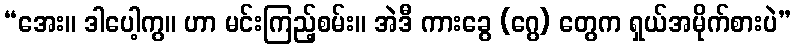
“အေး။ ဒါပေါ့ကွ။ ဟာ မင်းကြည့်စမ်း။ အဲဒီ ကားခွေ (ဂွေ) တွေက ရှယ်အမိုက်စားပဲ”